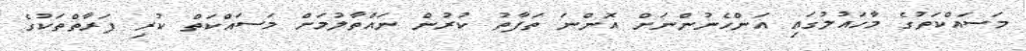
މަސައްކަތުގެ މާހައުލުގައި އަންހެނުންނަށް އޮންނަ ތަފާތު ކުރުން ނައްތާލުމަށް މަސައްކަތް ކުރި ފަރާތްތަކުގެ